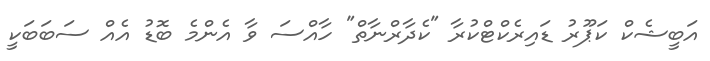
އަބީޝެކް ކަޕޫރު ޑައިރެކްޓްކުރާ "ކެދާރްނާތް" ހާއްސަ ވާ އެންމެ ބޮޑު އެއް ސަބަބަކީ